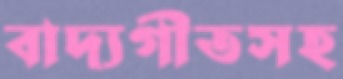
বাদ্যগীতসহ